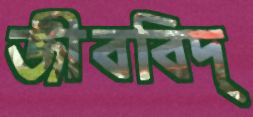
জীববিদ্